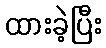
ထားခဲ့ပြီး